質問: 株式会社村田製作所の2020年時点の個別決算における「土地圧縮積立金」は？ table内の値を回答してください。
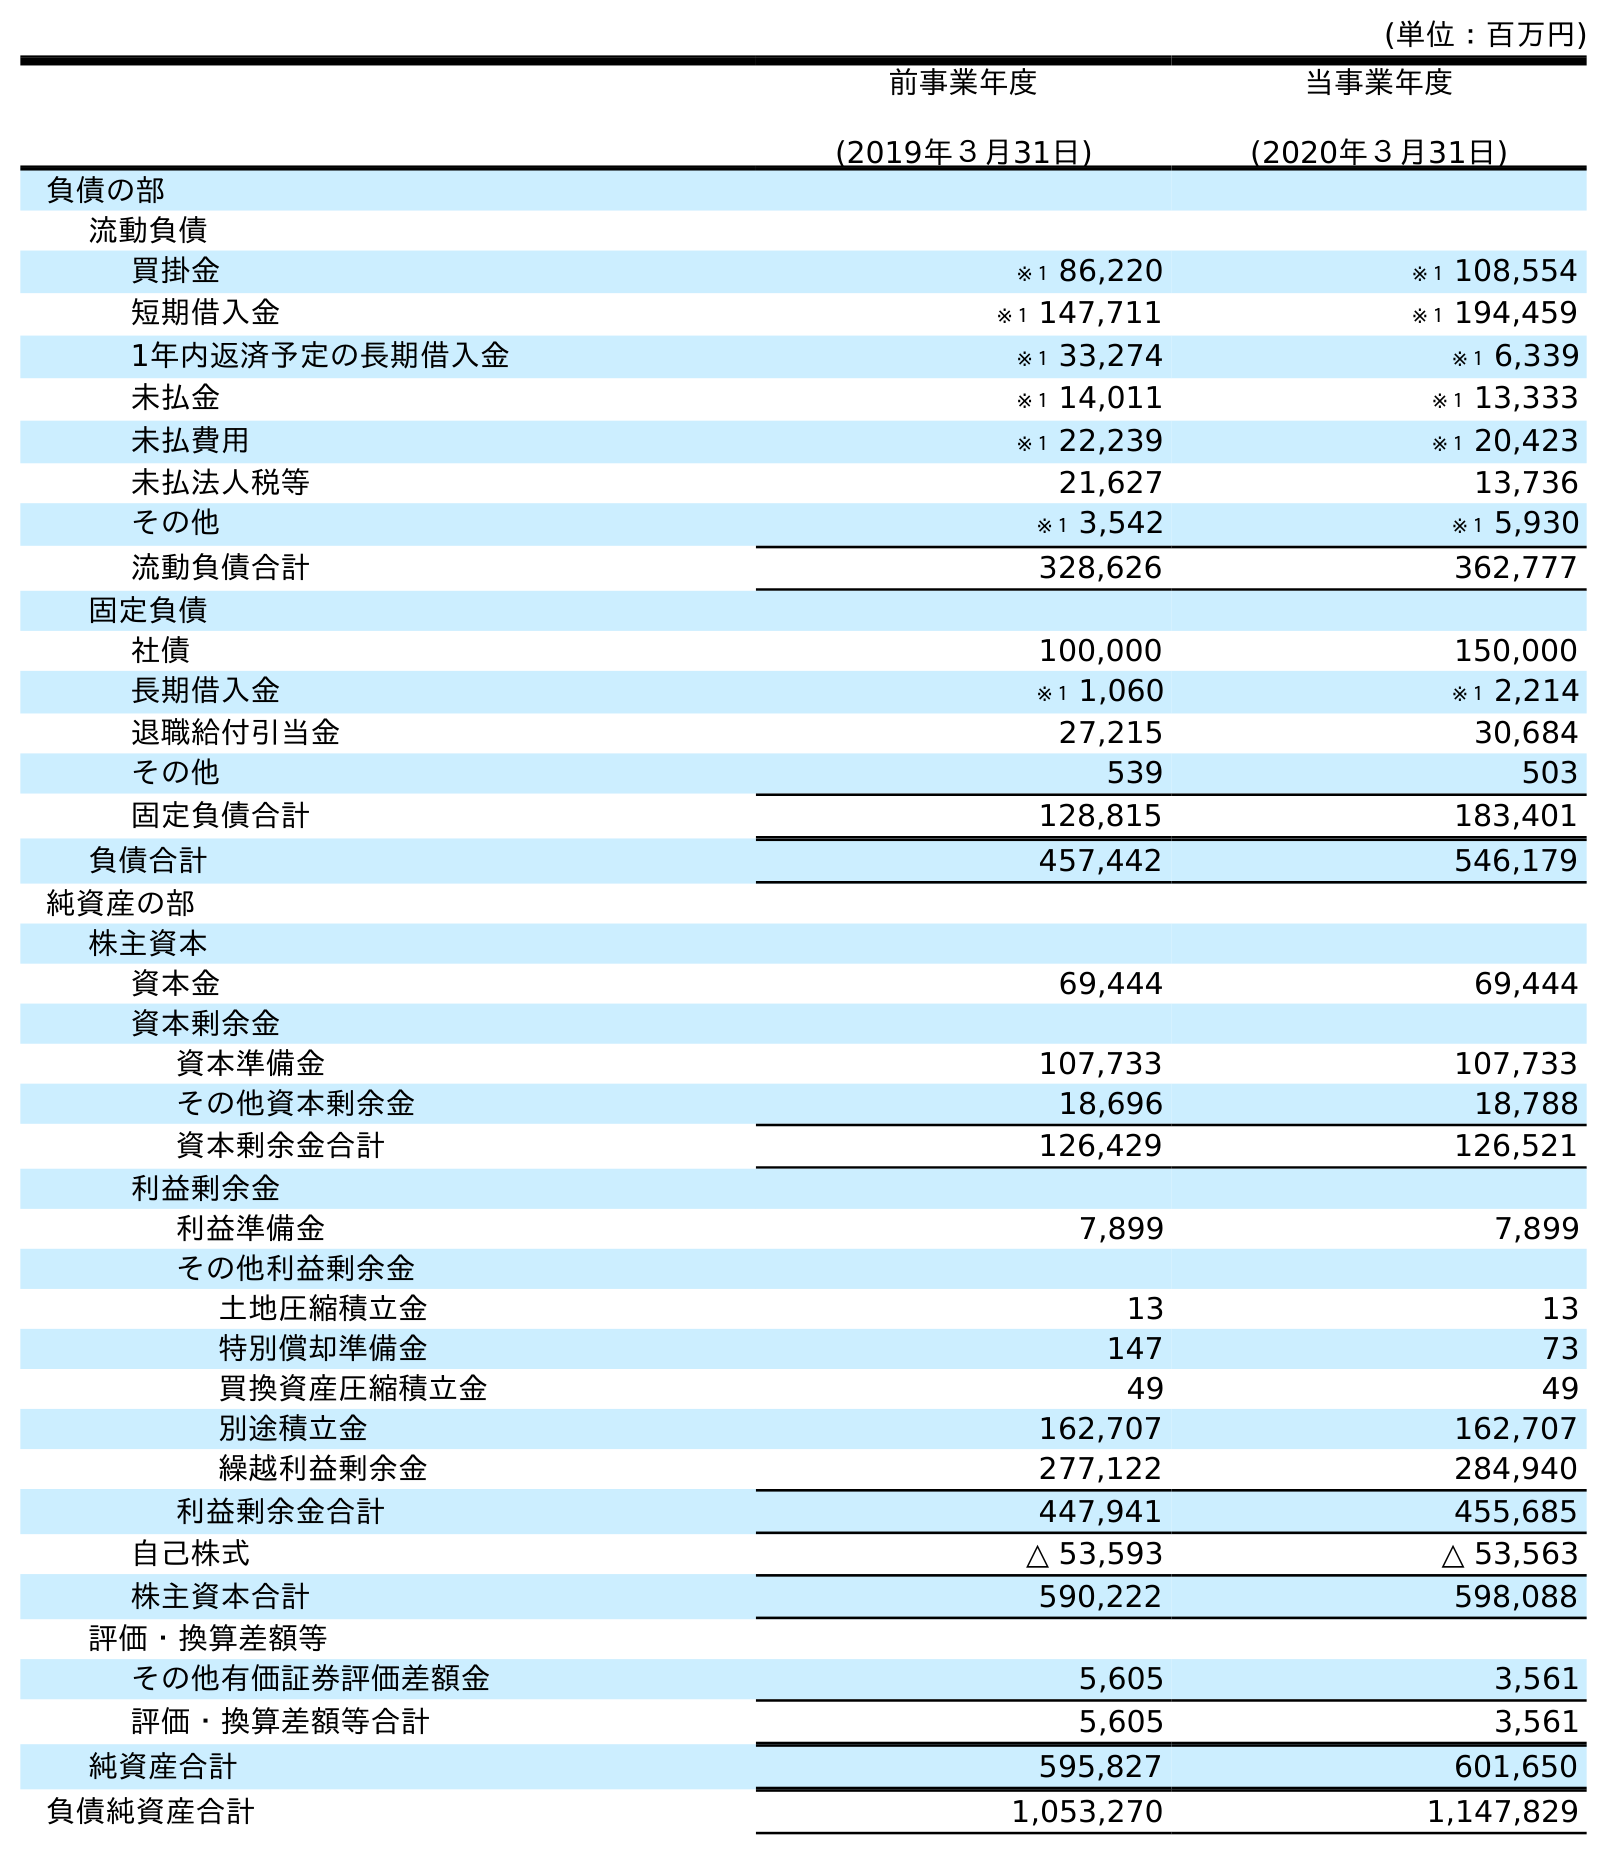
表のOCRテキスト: (単位：百万円) 前事業年度 (2019年３月31日) 当事業年度 (2020年３月31日) 負債の部 流動負債 買掛金 ※１ 86,220 ※１ 108,554 短期借入金 ※１ 147,711 ※１ 194,459 1年内返済予定の長期借入金 ※１ 33,274 ※１ 6,339 未払金 ※１ 14,011 ※１ 13,333 未払費用 ※１ 22,239 ※１ 20,423 未払法人税等 21,627 13,736 その他 ※１ 3,542 ※１ 5,930 流動負債合計 328,626 362,777 固定負債 社債 100,000 150,000 長期借入金 ※１ 1,060 ※１ 2,214 退職給付引当金 27,215 30,684 その他 539 503 固定負債合計 128,815 183,401 負債合計 457,442 546,179 純資産の部 株主資本 資本金 69,444 69,444 資本剰余金 資本準備金 107,733 107,733 その他資本剰余金 18,696 18,788 資本剰余金合計 126,429 126,521 利益剰余金 利益準備金 7,899 7,899 その他利益剰余金 土地圧縮積立金 13 13 特別償却準備金 147 73 買換資産圧縮積立金 49 49 別途積立金 162,707 162,707 繰越利益剰余金 277,122 284,940 利益剰余金合計 447,941 455,685 自己株式 △ 53,593 △ 53,563 株主資本合計 590,222 598,088 評価・換算差額等 その他有価証券評価差額金 5,605 3,561 評価・換算差額等合計 5,605 3,561 純資産合計 595,827 601,650 負債純資産合計 1,053,270 1,147,829
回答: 13